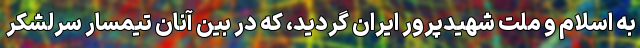
به اسلام و ملت شهیدپرور ایران گردید، که در بین آنان تیمسار سرلشکر